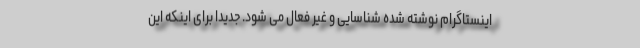
اینستاگرام نوشته شده شناسایی و غیر فعال می شود. جدیدا برای اینکه این